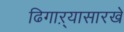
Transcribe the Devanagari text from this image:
ढिगाऱ्यासारखे